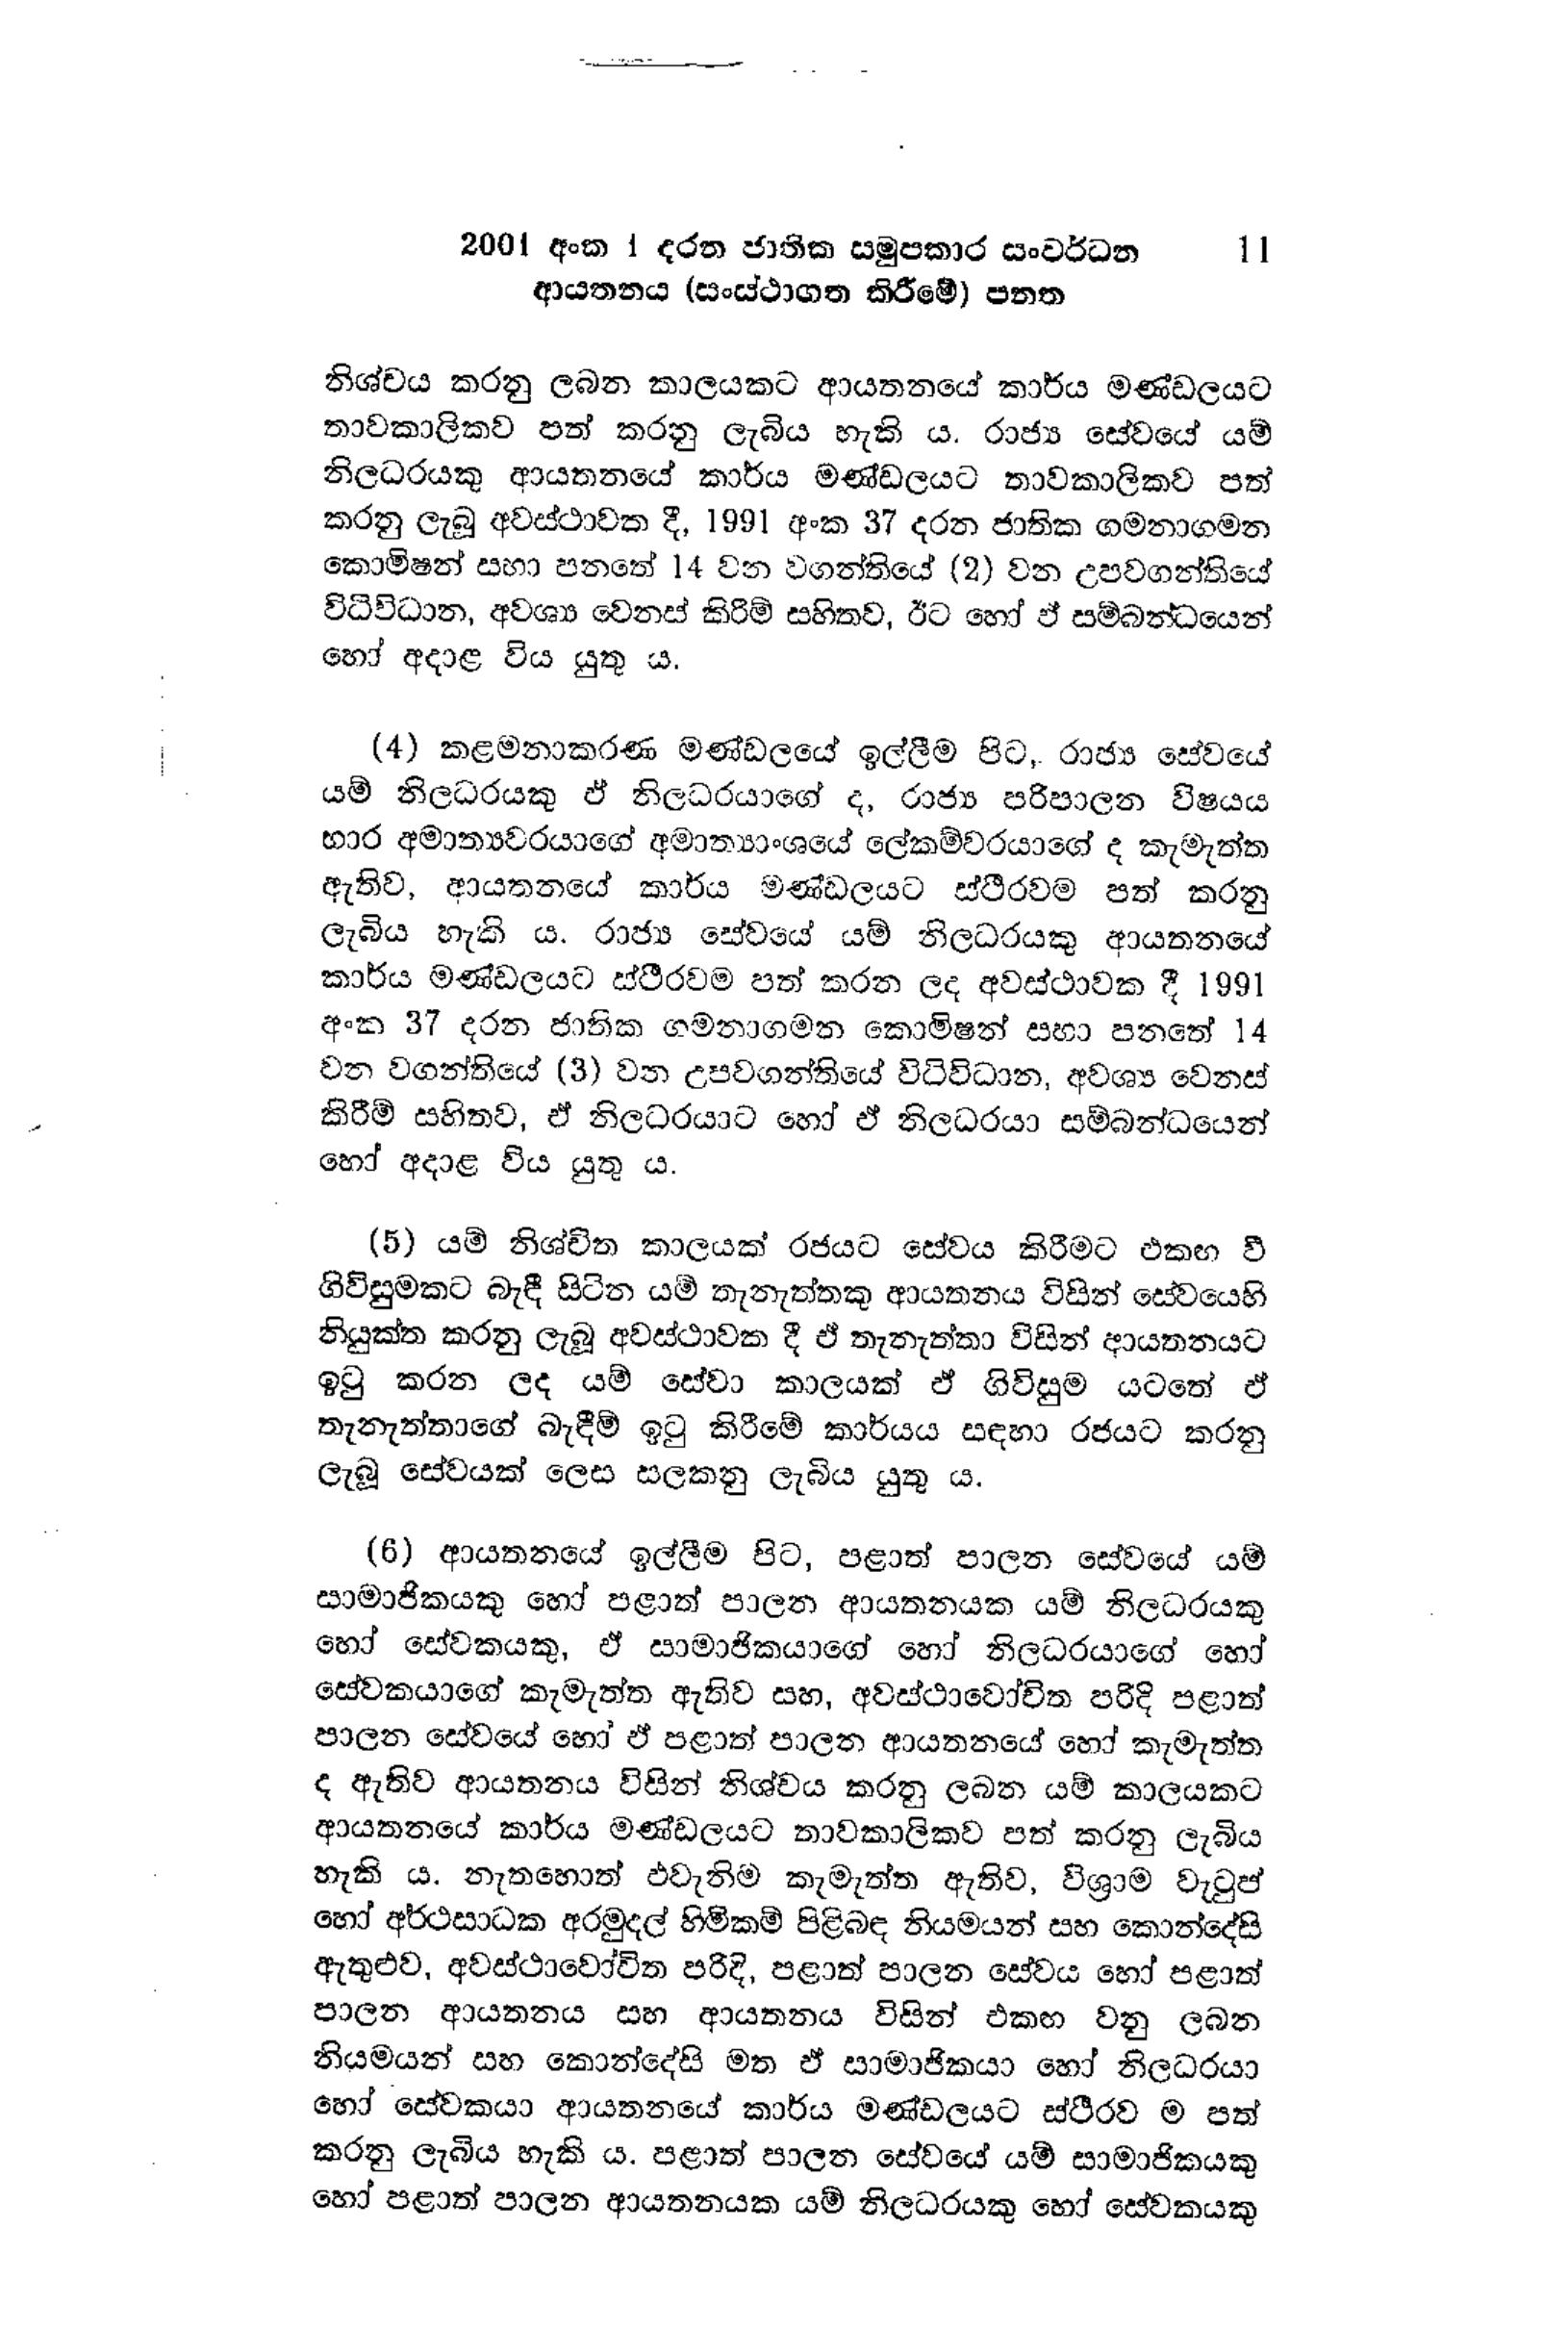
2001 අංක 1 දරන ජාතික සමුපකාර සංවර්ධන 11
ආයතනය (සංස්ථාගත කිරීමේ) පනත

නිශ්චය කරනු ලබන කාලයකට ආයතනයේ කාර්ය මණ්ඩලයට
තාවකාලිකව පත් කරනු ලැබිය හැකි ය. රාජ්‍ය සේවයේ යම්
නිලධරයකු ආයතනයේ කාර්ය මණ්ඩලයට තාවකාලිකව පත්
කරනු ලැබූ අවස්ථාවක දී, 1991 අංක 37 දරන ජාතික ගමනාගමන
කොමිෂන් සභා පනතේ 14 වන වගන්තියේ (2) වන උපවගන්තියේ
විධිවිධාන, අවශ්‍ය වෙනස් කිරීම් සහිතව, ඊට හෝ ඒ සම්බන්ධයෙන්
හෝ අදාළ විය යුතු ය.

(4) කළමනාකරණ මණ්ඩලයේ ඉල්ලීම පිට, රාජ්‍ය සේවයේ
යම් නිලධරයකු ඒ නිලධරයාගේ ද, රාජ්‍ය පරිපාලන විෂයය
භාර අමාත්‍යවරයාගේ අමාත්‍යාංශයේ ලේකම්වරයාගේ ද කැමැත්ත
ඇතිව, ආයතනයේ කාර්ය මණ්ඩලයට ස්ථිරවම පත් කරනු
ලැබිය හැකි ය. රාජ්‍ය සේවයේ යම් නිලධරයකු ආයතනයේ
කාර්ය මණ්ඩලයට ස්ථිරවම පත් කරන ලද අවස්ථාවක දී 1991
අංක 37 දරන ජාතික ගමනාගමන කොමිෂන් සභා පනතේ 14
වන වගන්තියේ (3) වන උපවගන්තියේ විධිවිධාන, අවශ්‍ය වෙනස්
කිරීම් සහිතව, ඒ නිලධරයාට හෝ ඒ නිලධරයා සම්බන්ධයෙන්
හෝ අදාළ විය යුතු ය.

(5) යම් නිශ්චිත කාලයක් රජයට සේවය කිරීමට එකඟ වී
ගිවිසුමකට බැඳී සිටින යම් තැනැත්තකු ආයතනය විසින් සේවයෙහි
නියුක්ත කරනු ලැබූ අවස්ථාවක දී ඒ තැනැත්තා විසින් ආයතනයට
ඉටු කරන ලද යම් සේවා කාලයක් ඒ ගිවිසුම යටතේ ඒ
තැනැත්තාගේ බැඳීම් ඉටු කිරීමේ කාර්යය සඳහා රජයට කරනු
ලැබූ සේවයක් ලෙස සලකනු ලැබිය යුතු ය.

(6) ආයතනයේ ඉල්ලීම පිට, පළාත් පාලන සේවයේ යම්
සාමාජිකයකු හෝ පළාත් පාලන ආයතනයක යම් නිලධරයකු
හෝ සේවකයකු, ඒ සාමාජිකයාගේ හෝ නිලධරයාගේ හෝ
සේවකයාගේ කැමැත්ත ඇතිව සහ, අවස්ථාවෝචිත පරිදි පළාත්
පාලන සේවයේ හෝ ඒ පළාත් පාලන ආයතනයේ හෝ කැමැත්ත
ද ඇතිව ආයතනය විසින් නිශ්චය කරනු ලබන යම් කාලයකට
ආයතනයේ කාර්ය මණ්ඩලයට තාවකාලිකව පත් කරනු ලැබිය
හැකි ය. නැතහොත් එවැනිම කැමැත්ත ඇතිව, විශ්‍රාම වැටුප්
හෝ අර්ථසාධක අරමුදල් හිමිකම් පිළිබඳ නියමයන් සහ කොන්දේසි
ඇතුළුව, අවස්ථාවෝචිත පරිදි, පළාත් පාලන සේවය හෝ පළාත්
පාලන ආයතනය සහ ආයතනය විසින් එකඟ වනු ලබන
නියමයන් සහ කොන්දේසි මත ඒ සාමාජිකයා හෝ නිලධරයා
හෝ සේවකයා ආයතනයේ කාර්ය මණ්ඩලයට ස්ථිරව ම පත්
කරනු ලැබිය හැකි ය. පළාත් පාලන සේවයේ යම් සාමාජිකයකු
හෝ පළාත් පාලන ආයතනයක යම් නිලධරයකු හෝ සේවකයකු